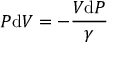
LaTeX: P \mathrm { d } V = - { \frac { V \mathrm { d } P } { \gamma } }